NAE_ERA_R-1950_Eesti_Ajakirjanike_Liit, lk 54
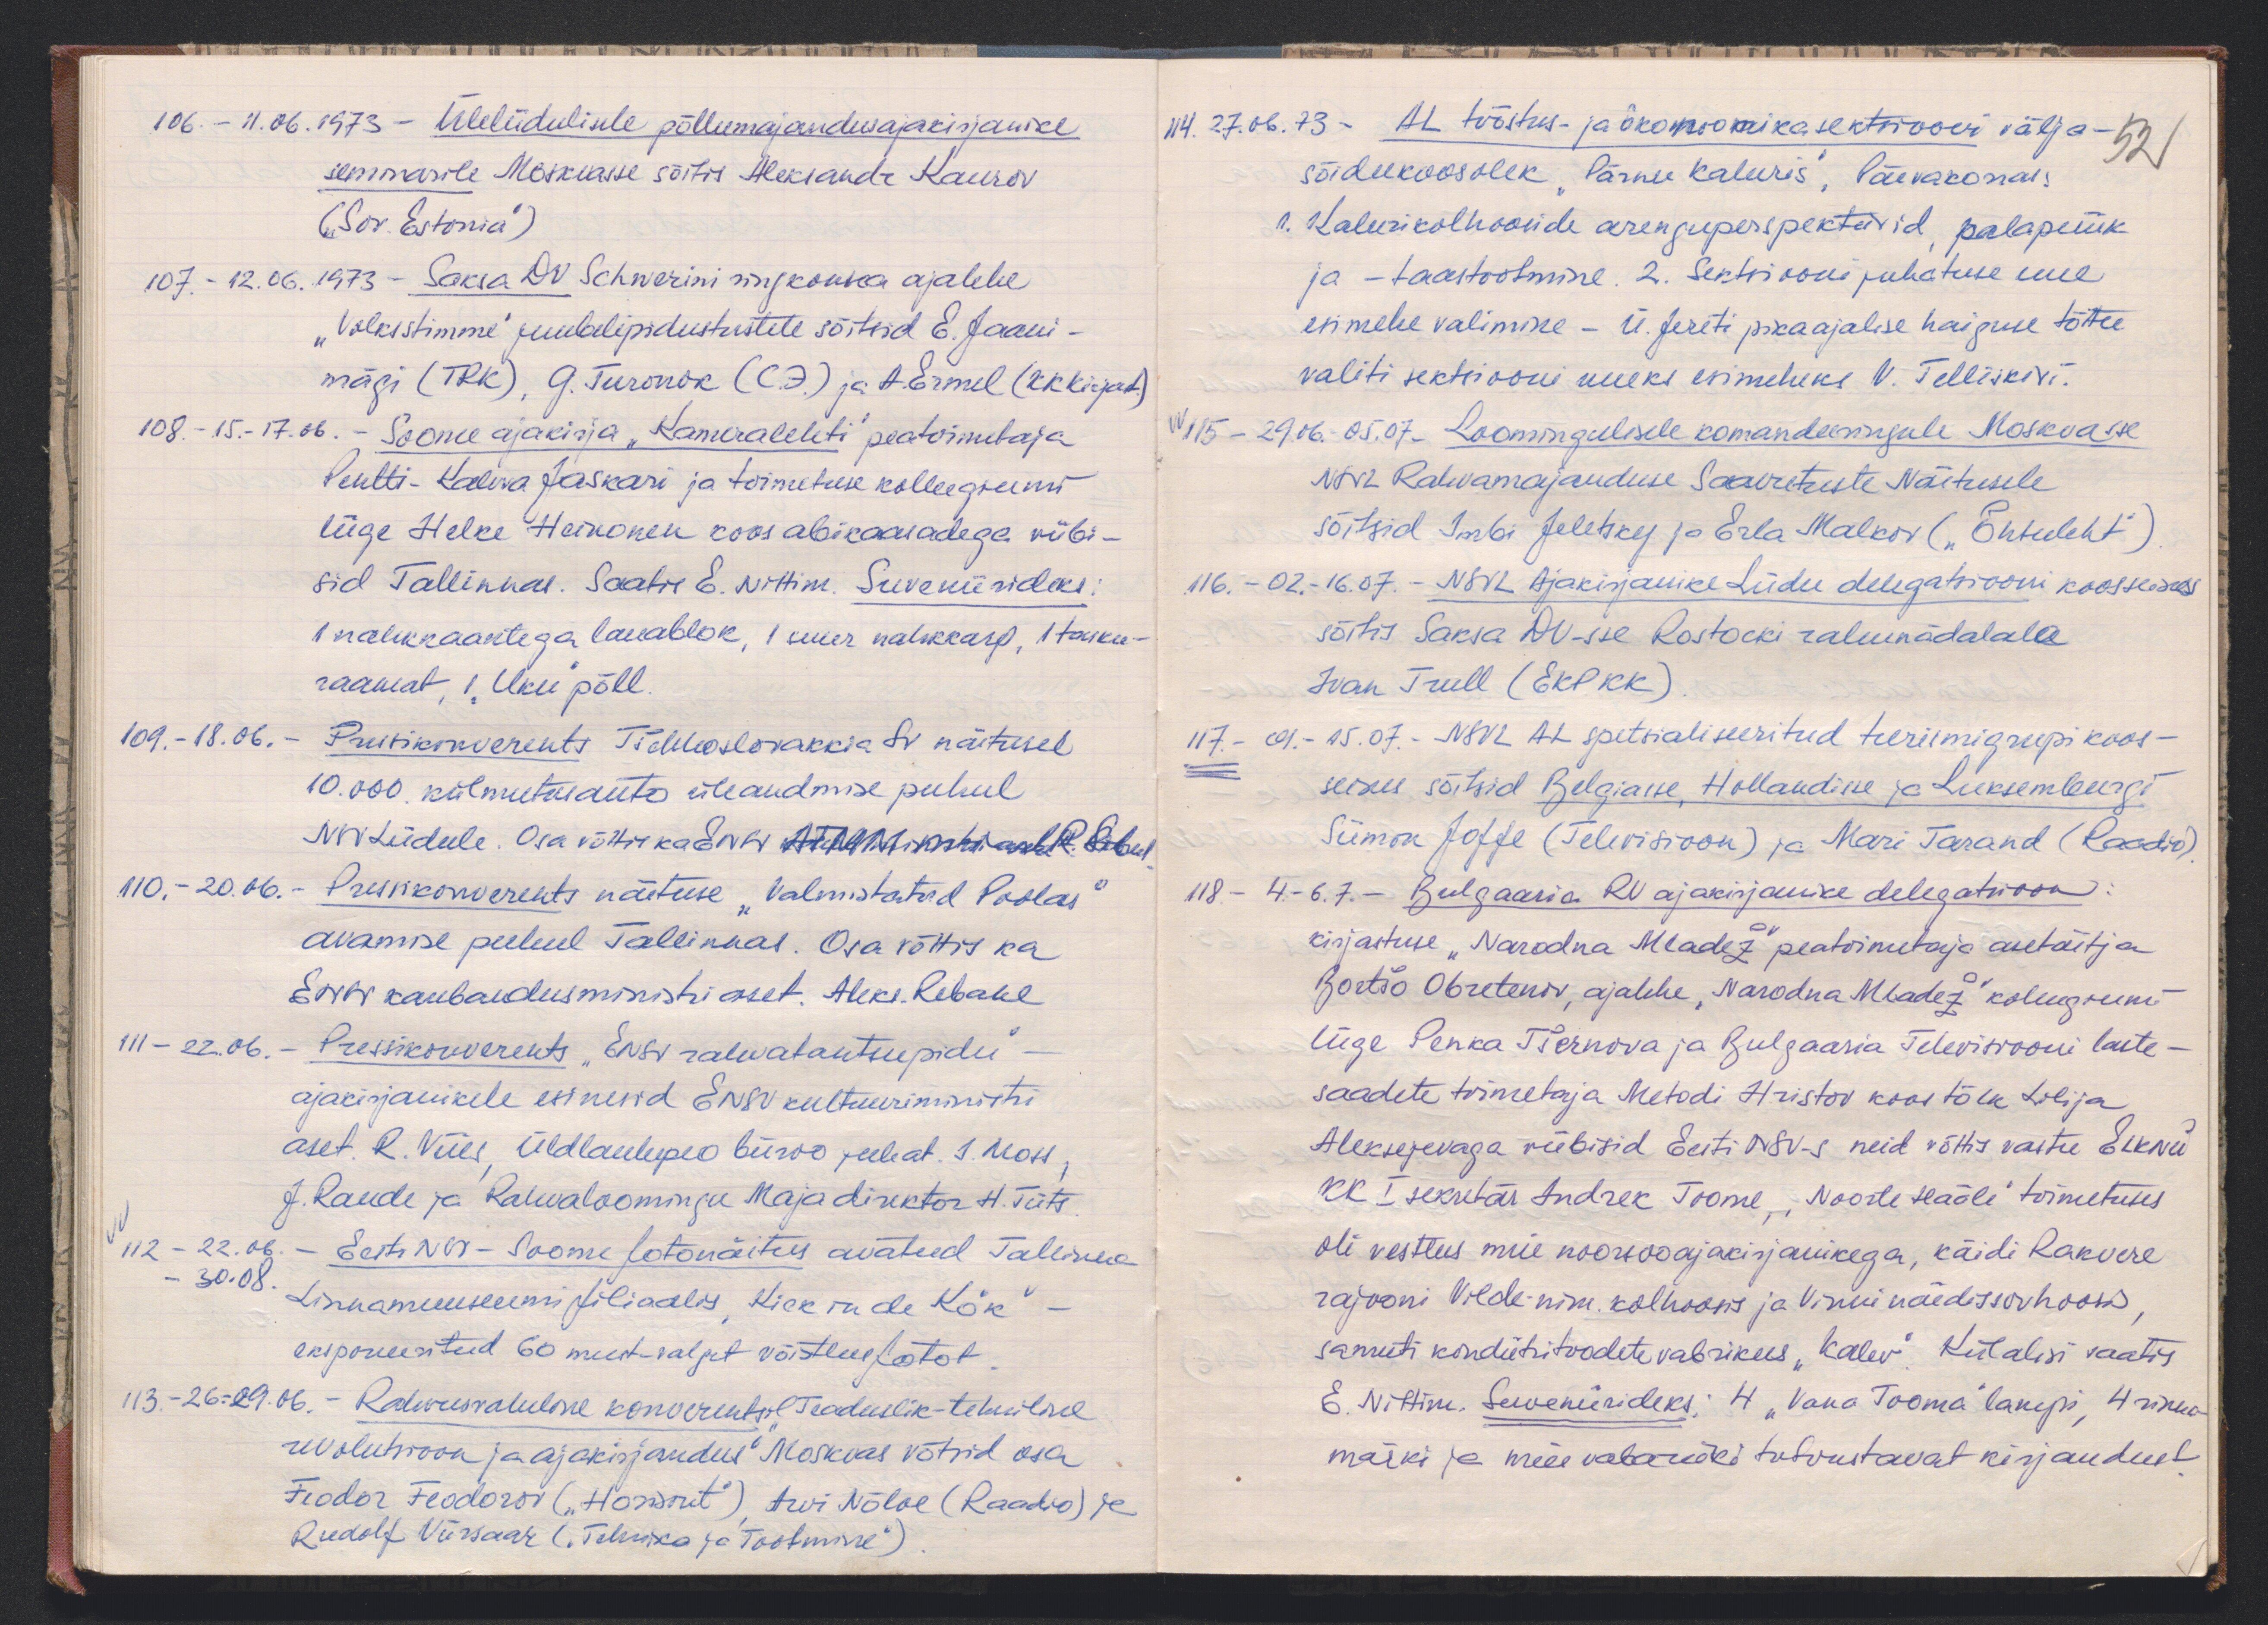
106. - 11.06.1973 - Üleliidulisele põllumajandusajakirjanike
seminarile Moskvasse sõitis Aleksandr Kaurov
("Sov. Estonia")
107. - 12.06.1973 - Saksa DV Schwerini ringkonna ajalehe
"Volksstimme" juubelipidustustele sõitsid E. Jaani-
mägi (TRK), G. Turonok (C.F.) ja A.Ermel (KK. Kirjat.)
108. - 15.17.86. - Soome ajakirja "Kameralehti" peatoimetaja
Pentti-Kaleva Jaskari ja toimetuse kolleegiumi
liige Helke Heinonen koos abikaasadega viibi-
sid Tallinnas. Saatis E. Nittim. Suveniirideks:
1 nahkkaantega lauablok, 1 suur nahkkarp, 1 tasku-
raamat, 1 "Uku" põll.
109. - 18.06. - Pressikonverents Tšehhoslovakkia SV näitusel
10.000 külmutusauto üleandmise puhul
NSV Liidule. Osa võttis ka ENSV nii kohtukohtaal R. Schul
110.- 20.06.- Pressikonverents näituse "Valmistatud Poolas"
avamise puhul Tallinnas. Osa võttis ka
ENSV kaubandusministi aset. Aleks. Rebane
111 - 22.06. - Pressikonverents "ENSV rahvatantsupidu"
ajakirjanikele esinesid ENSV kultuuriministri
aset. R. Viies, üldlaulupeo büroo juhat. J. Moss,
J. Raude ja Rahvaloomingu Majadirektor H. Tiits
112 - 22.06. - Eesti NSV-Soome fotonäitus avatud Tallinna
30.08. Linnamuuseumi filiaalis "Kiek in de Kök"
eksponeeritud 60 must-valget võistlusfotot.
113. - 26.-29.06. - Rahvusvaheline konverents Teaduslik-tehniline
revolutsioon ja ajakirjandus" Moskvas võtsid osa
Feodor Feodorov ("Horisont") Arvi Nõlve (Raadio) ja
Rudolf Viirsaar ("Tehnika ja Tootmine")

114. 27.06.73 - AL tööstus- ja ökonoomikasektsiooni välja
sõidukoosolek "Pärnu kaluris". Päevakorras:
52
1. Kalurikolhooside arenguperspektiivid, palapüük
ja - taastoolmine. 2. Sektsiooni juhatuse uue
esimehe valimine - Ü. Jereti pikaajalise haiguse tõttu
valiti sektsiooni uueks esimeheke V. Telliskivi.
115 - 29.06.-05.07. Loomingulisele komandeeringule Moskvasse
NSVL Rahvamajanduse Saavutuste Näitusele
sõitsid Imbi Jeletsky ja Erla Malkov ("Õhtuleht")
116. - 02.-16.07. - NSVL Ajakirjanike Liidu delegatsiooni koosseisus
sõitis Saksa DV-sse Rostocki rahunädalale
Ivan Trull (EKP KK)
117. - 01.-15.07. - NSVL AL spetsialiseeritud turismigrupi koos-
seisus sõitsid Belgiasse, Hollandisse ja Luksemburgi
Siimon Joffe (Televisioon) ja Mari Tarand (Raadio)
118. - 4.-6.7. - Bulgaaria RV ajakirjanike delegatsioon.
kirjastuse "Narodna Mladež" peatoimetaja asetäitja
Bortšo Obretenov, ajalehe "Narodna Mladež" koleegiumi
liige Penka Tšernova ja Bulgaaria Televisiooni laste-
saadete toimetaja Metodi Hristov koos tõlk Lolija
Aleksejevaga viibisid Eesti NSV-s neid võttis vastu ELKNÜ
KK I sekretär Indrek Toome "Noorte Hääle" toimetuses
oli vestlus meie noorsooajakirjanikega, käidi Rakvere
rajooni Vilde nim. kolhoosis ja Vinni näidissovhoosis
samuti kondiitritoodete vabrikus "Kalev" Külalisi saatis
E. Nittim. Suveniirideks: 4 "Vana Tooma" lampi, 4 rinna-
märki ja meie vabariiki tutvustavat kirjandust